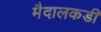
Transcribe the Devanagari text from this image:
मैदालकडी